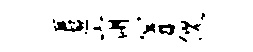
遘崩篝倪